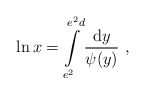
\begin{align*}\ln x=\int\limits_{e^2}^{e^2d}\frac{{\rm d}y}{\psi(y)}~,\end{align*}